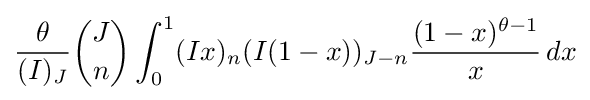
{\frac {\theta }{(I)_{J}}}{J \choose n}\int _{0}^{1}(Ix)_{n}(I(1-x))_{J-n}{\frac {(1-x)^{\theta -1}}{x}}\,dx